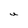
Character: U